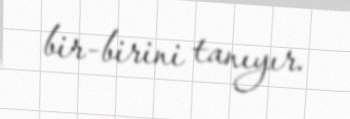
bir-birini tanıyır.